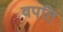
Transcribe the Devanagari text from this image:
वपति